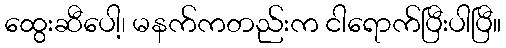
ထွေးဆီပေါ့၊ မနက်ကတည်းက ငါရောက်ပြီးပါပြီ။